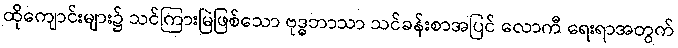
ထိုကျောင်းများ၌ သင်ကြားမြဲဖြစ်သော ဗုဒ္ဓဘာသာ သင်ခန်းစာအပြင် လောကီ ရေးရာအတွက်